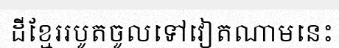
ដីខ្មែររបូតចូលទៅវៀតណាមនេះ